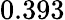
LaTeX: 0.393